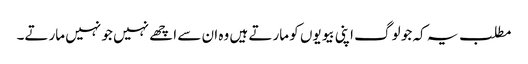
مطلب یہ کہ جو لوگ اپنی بیویوں کو مارتے ہیں وہ ان سے اچھے نہیں جو نہیں مارتے۔